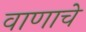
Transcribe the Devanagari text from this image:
वाणाचे